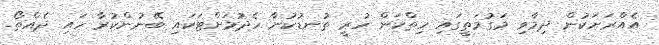
އެއްރަށަކުން ދިމާވި މަގުމަތީގައި ހިތްކަން ހުރީ ތުނޑުކުނާ ހެދުމަށްޓަކައި ބޭނުންކުރާ ހައި ދެއްތޯ.